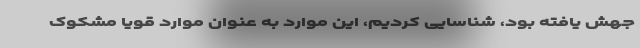
جهش یافته بود، شناسایی کردیم، این موارد به عنوان موارد قویاً مشکوک